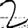
Digit: 2